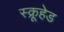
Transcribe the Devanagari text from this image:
स्क्रूहेड